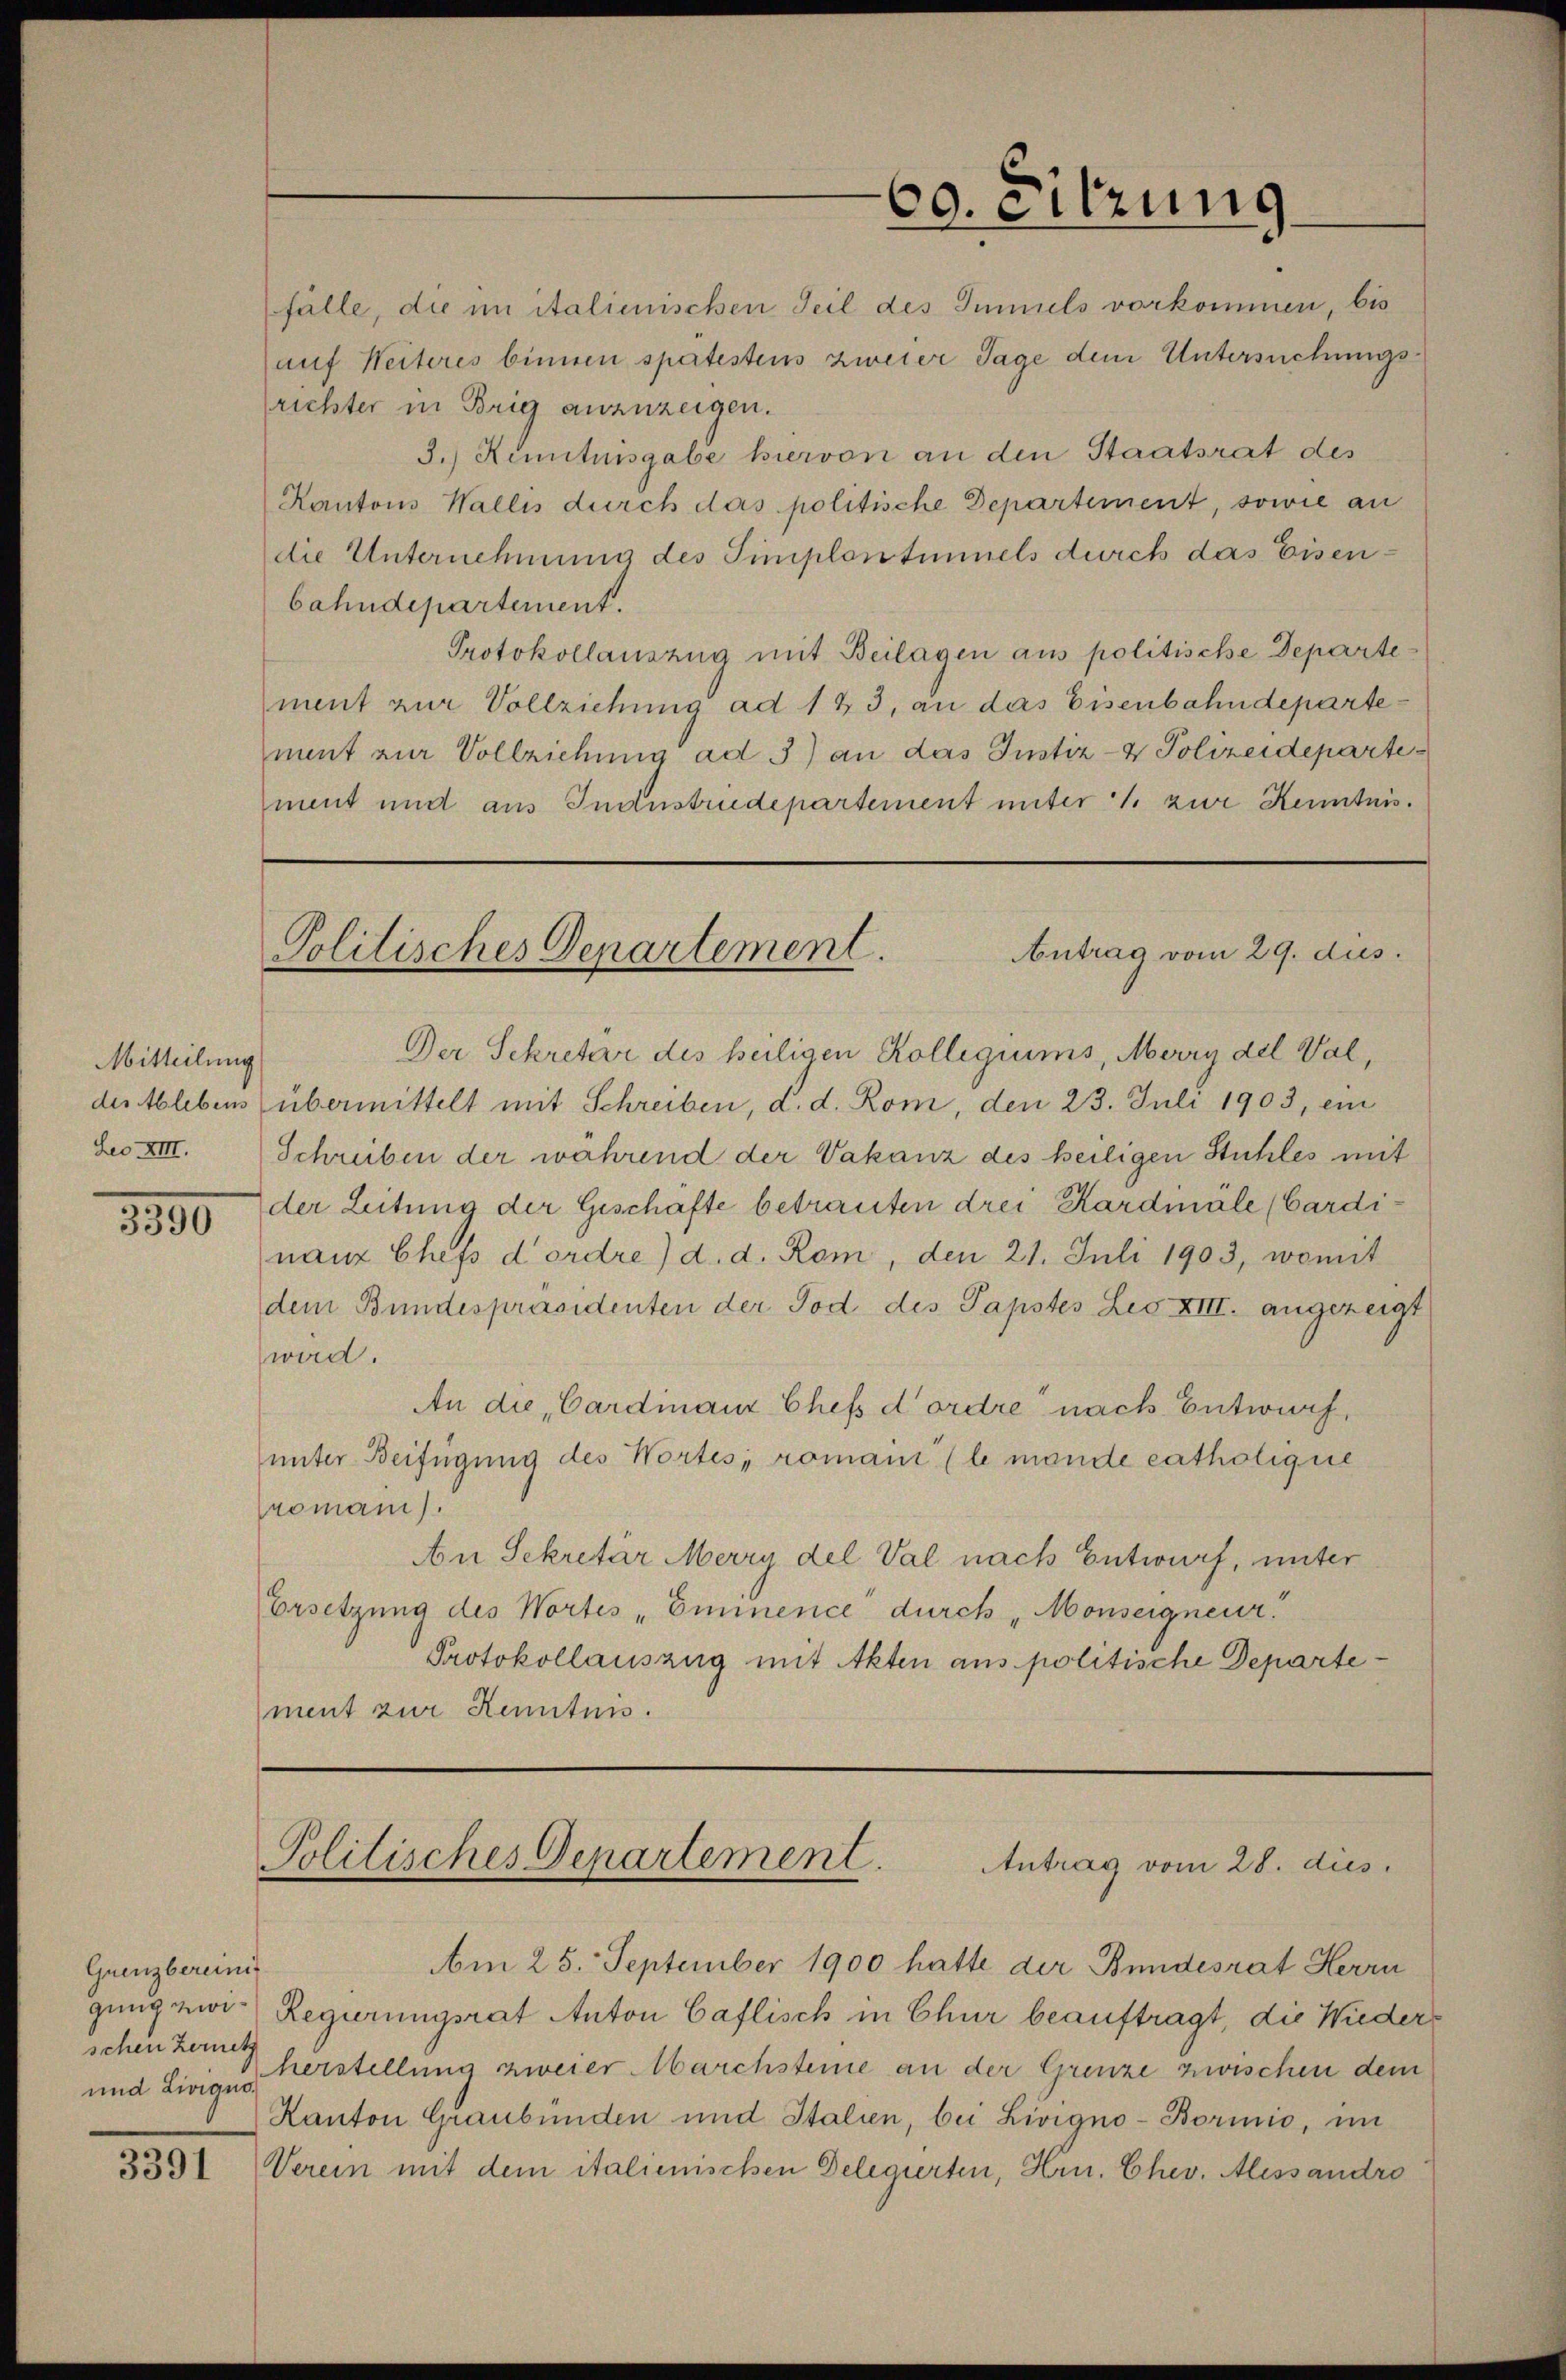
Mitteilung

1390

Grenzbereinig
schen Bernetz

3391

fälle, die im italienischen Teil des Immels vorkommen, bis
auf Weiteres binnen spätestens zweier Tage dem Untersuchungsrichter in Brig anzuzeigen.
3.) Reitnisgabe hiervon an den Staatsrat des
Kantons Wallis durch das politische Departement, sowie an
die Unternehmung des Simplontinnels durch das Eisenbahndepartement.
Protokollauszug mit Beilagen aus politische Departement zur Vollziehung ad 123, an das Eisenbahndeparte
ment zur Vollziehung ad 3) an das Justiz- & Polizeideparte
ment und aus Industrudepartement unter 1. zwe Kenntnis.

Der Sekretär des heiligen Kollegiums, Merry del Val,
der Ablebens übermittelt mit Schreiben, d. d. Rom, den 23. Juli 1903, ein
Leo XIII. Schreiben der während der Vakanz des heiligen Stuhles mit
der Leitung der Geschäfte betrauten drei Hardmale (Cardinanz Chefs d’ordre) d. d. Rom, den 21. Juli 1903, womit
dem Bundespräsidenten der Tod des Papstes Les XIII. angezeigt
wird.
An die, Cardinanz Chefs d’ordre nach Entwurf
unter Beifügung des Wortes, romain (le mande catholigne
romain).
An Sekretär Merry del Val nach Entwurf, unter
Ersetzung des Wortes „Eminence durch „Monseigneur.
Protokollauszug mit Akten aus politische Departement zur Kenntnis.

60. Sitzung

Antrag vom 29. dus.
Politisches Departement.

Politisches Departement.
Antrag vom 28. dies

Am 25. September 1900 hatte der Bundesrat Herrn
gung zwi- Regierungsrat Anton Caflisch in Chur beauftragt, die Wieder¬
und Livige Verstellung zweier Marchsteine an der Grenze zwischen dem
Kanton Graubünden und Italien, bei Livigno-Bormnio, im
Verein mit dem italienischen Delegierten, Hrn. Chev. Alessandro